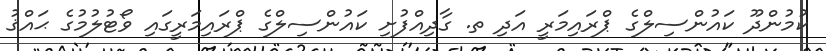
ކުމުންދޫ ކައުންސިލްގެ ޕްރައިމަރީ އަދި ތ. ގާދިއްފުށި ކައުންސިލްގެ ޕްރައިމަރީގައި ވޯޓުލުމުގެ ޙައްޤު